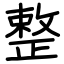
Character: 整